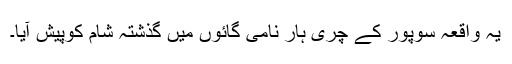
یہ واقعہ سوپور کے چری ہار نامی گائوں میں گذشتہ شام کوپیش آیا۔